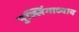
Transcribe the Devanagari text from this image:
पुल्लिंगाध्याय